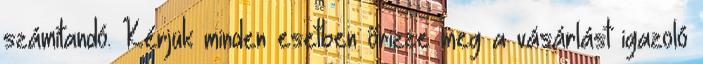
számítandó. Kérjük minden esetben őrizze meg a vásárlást igazoló